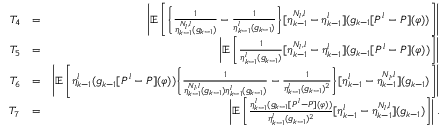
\begin{array} { r l r } { T _ { 4 } } & { = } & { \left| \mathbb { E } \left[ \Bigg \{ \frac { 1 } { \eta _ { k - 1 } ^ { N _ { l } , l } ( g _ { k - 1 } ) } - \frac { 1 } { \eta _ { k - 1 } ^ { l } ( g _ { k - 1 } ) } \Bigg \} [ \eta _ { k - 1 } ^ { N _ { l } , l } - \eta _ { k - 1 } ^ { l } ] ( g _ { k - 1 } [ P ^ { l } - P ] ( \varphi ) ) \right] \right| } \\ { T _ { 5 } } & { = } & { \left| \mathbb { E } \left[ \frac { 1 } { \eta _ { k - 1 } ^ { l } ( g _ { k - 1 } ) } [ \eta _ { k - 1 } ^ { N _ { l } , l } - \eta _ { k - 1 } ^ { l } ] ( g _ { k - 1 } [ P ^ { l } - P ] ( \varphi ) ) \right] \right| } \\ { T _ { 6 } } & { = } & { \left| \mathbb { E } \left[ \eta _ { k - 1 } ^ { l } ( g _ { k - 1 } [ P ^ { l } - P ] ( \varphi ) ) \Bigg \{ \frac { 1 } { \eta _ { k - 1 } ^ { N _ { l } , l } ( g _ { k - 1 } ) \eta _ { k - 1 } ^ { l } ( g _ { k - 1 } ) } - \frac { 1 } { \eta _ { k - 1 } ^ { l } ( g _ { k - 1 } ) ^ { 2 } } \Bigg \} [ \eta _ { k - 1 } ^ { l } - \eta _ { k - 1 } ^ { N _ { l } , l } ] ( g _ { k - 1 } ) \right] \right| } \\ { T _ { 7 } } & { = } & { \left| \mathbb { E } \left[ \frac { \eta _ { k - 1 } ^ { l } ( g _ { k - 1 } [ P ^ { l } - P ] ( \varphi ) ) } { \eta _ { k - 1 } ^ { l } ( g _ { k - 1 } ) ^ { 2 } } [ \eta _ { k - 1 } ^ { l } - \eta _ { k - 1 } ^ { N _ { l } , l } ] ( g _ { k - 1 } ) \right] \right| . } \end{array}